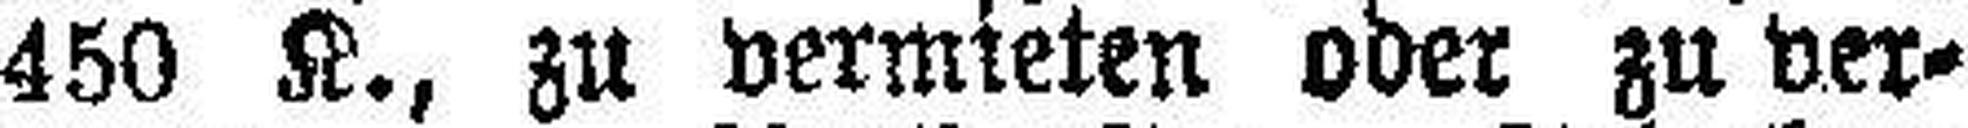
450 K., zu vermieten oder zu ver¬